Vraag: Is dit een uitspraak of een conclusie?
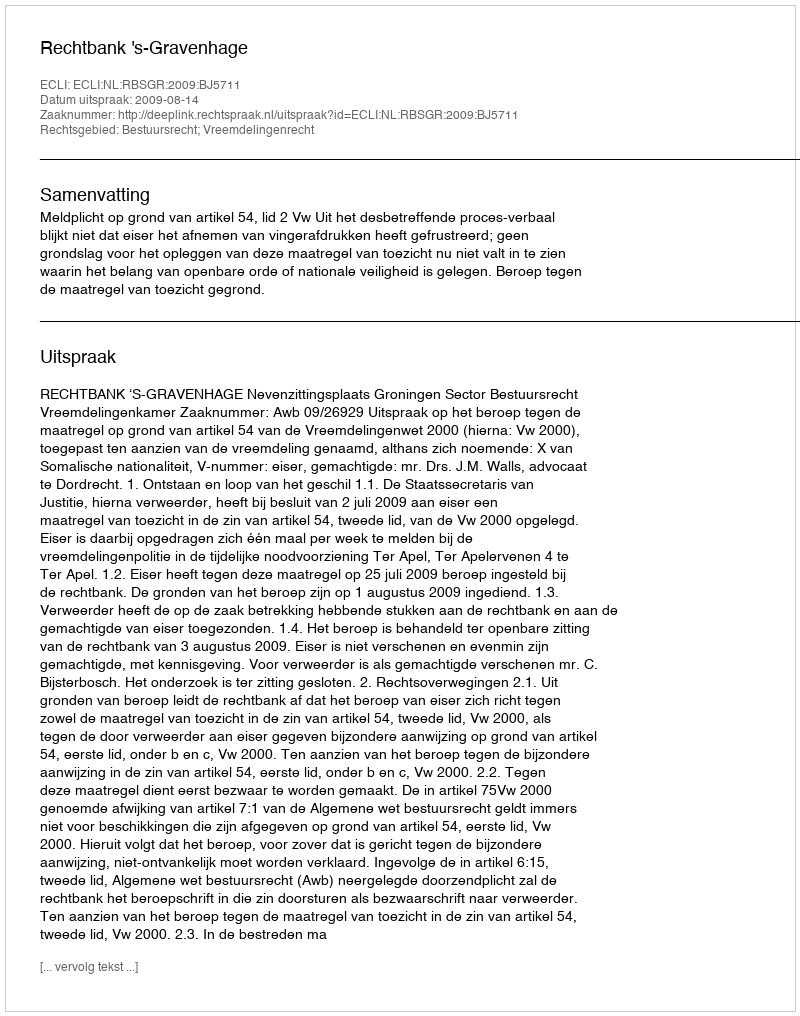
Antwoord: Uitspraak